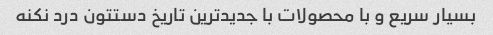
بسیار سریع و با محصولات با جدید‌ترین تاریخ دستتون درد نکنه